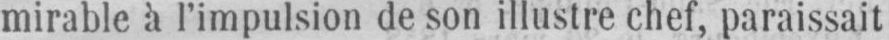
mirable à l’impulsion de son illustre chef, paraissait